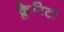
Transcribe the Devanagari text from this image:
क्लेरिटा